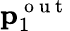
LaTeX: \textbf{p}_{1}^{\mathrm{~o~u~t~}}